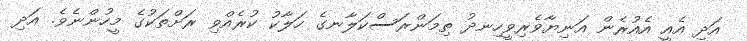
އަދި އެއީ އެއުރެން އަނިޔާވެރިވީހިނދު ތިމަންރަސްކަލާނގެ ހަލާކު ކުރެއްވި ރަށްތަކުގެ މީހުންނެވެ. އަދި